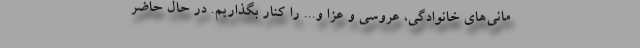
مانی‌های خانوادگی، عروسی و عزا و... را کنار بگذاریم. در حال حاضر